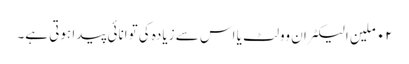
٠٢ ملین الیکٹران وولٹ یا اس سے زیادہ کی توانائی پیدا ہوتی ہے۔